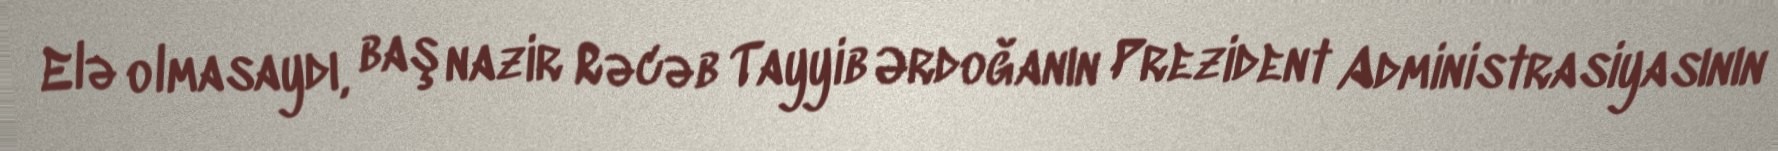
Elə olmasaydı, baş nazir Rəcəb Tayyib Ərdoğanın Prezident Administrasiyasının